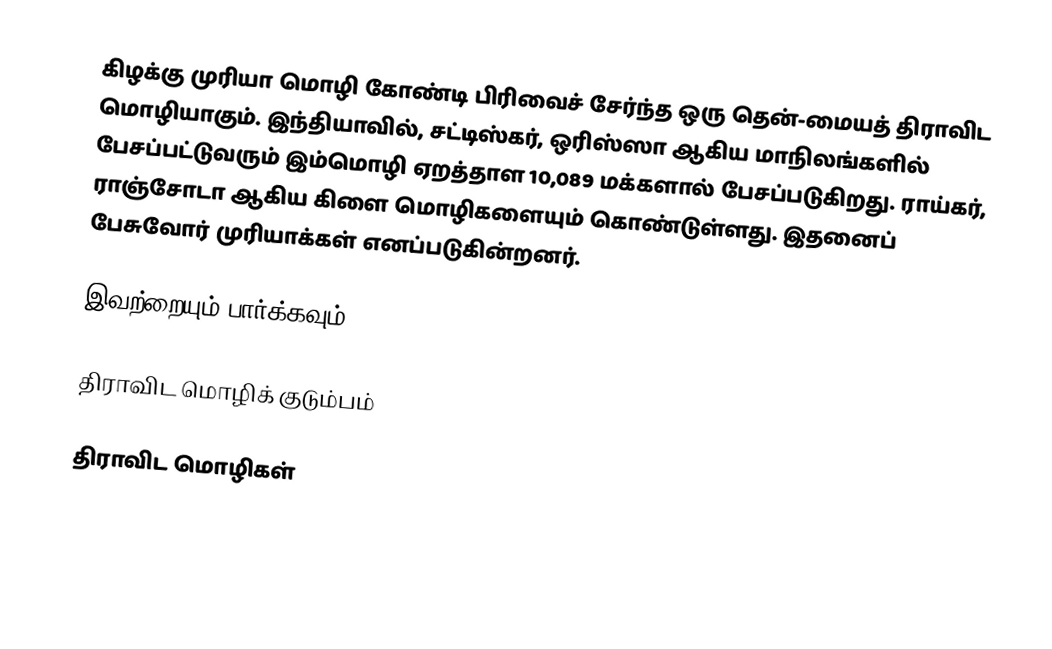
கிழக்கு முரியா மொழி கோண்டி பிரிவைச் சேர்ந்த ஒரு தென்-மையத் திராவிட மொழியாகும். இந்தியாவில், சட்டிஸ்கர், ஒரிஸ்ஸா ஆகிய மாநிலங்களில் பேசப்பட்டுவரும் இம்மொழி ஏறத்தாள 10,089 மக்களால் பேசப்படுகிறது. ராய்கர், ராஞ்சோடா ஆகிய கிளை மொழிகளையும் கொண்டுள்ளது. இதனைப் பேசுவோர் முரியாக்கள் எனப்படுகின்றனர்.

இவற்றையும் பார்க்கவும்

 திராவிட மொழிக் குடும்பம்

திராவிட மொழிகள்